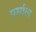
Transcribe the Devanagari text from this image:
पर्साल